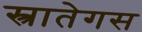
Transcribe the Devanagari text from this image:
स्त्रातेगस